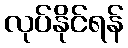
လုပ်နိုင်ရန်